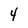
Character: 4